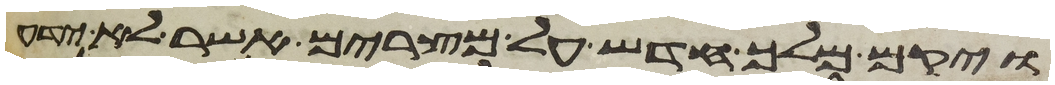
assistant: ויקם מלך חדש על מצרים אשר לא ידע